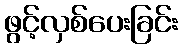
ဖွင့်လှစ်ပေးခြင်း